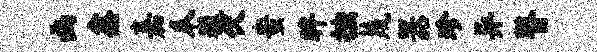
函鑫嘉瓜巍伏蚩眸拙蔑器珍异瞽